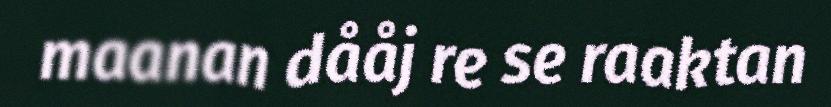
maanan dååj re se raaktan